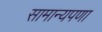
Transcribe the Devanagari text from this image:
सामान्यपणा